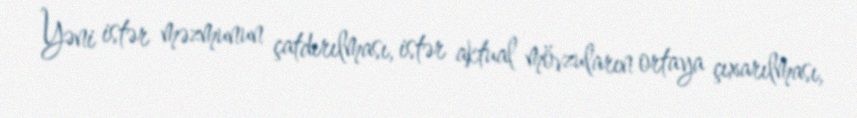
Yəni istər məzmunun çatdırılması, istər aktual mövzuların ortaya çıxarılması,